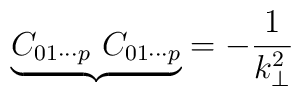
{\underbrace{C_{01\cdots p}~C_{01\cdots p}}} = -\frac{1}{k_\bot^2}